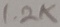
Text: 1.2K